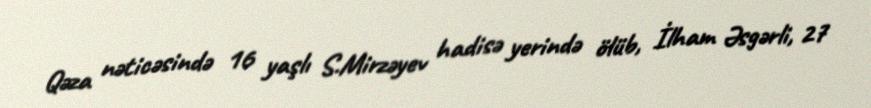
Qəza nəticəsində 16 yaşlı S.Mirzəyev hadisə yerində ölüb, İlham Əsgərli, 27